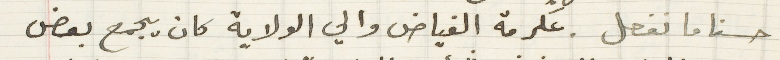
حسنا ما نفعل. عكرمة الفياض والي الولاية كان يجمع بعض